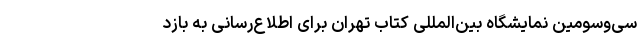
سی‌وسومین نمایشگاه بین‌المللی کتاب تهران برای اطلاع‌رسانی به بازد